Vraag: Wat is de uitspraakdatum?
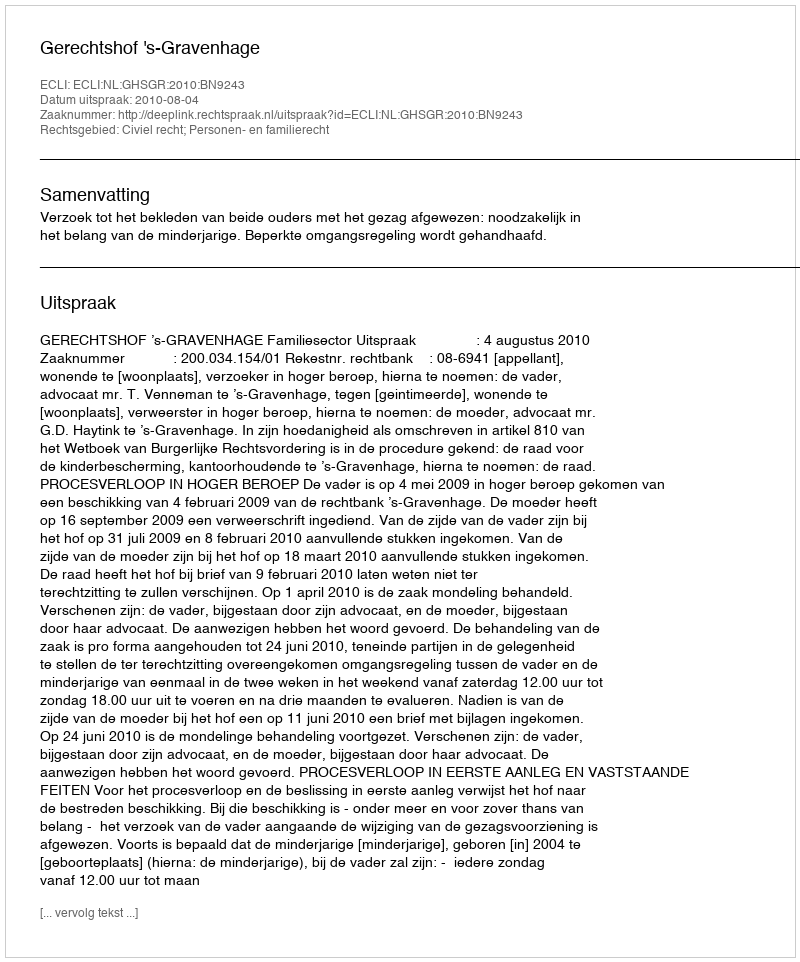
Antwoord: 2010-08-04